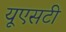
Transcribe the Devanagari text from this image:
यूएसटी